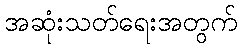
အဆုံးသတ်ရေးအတွက်